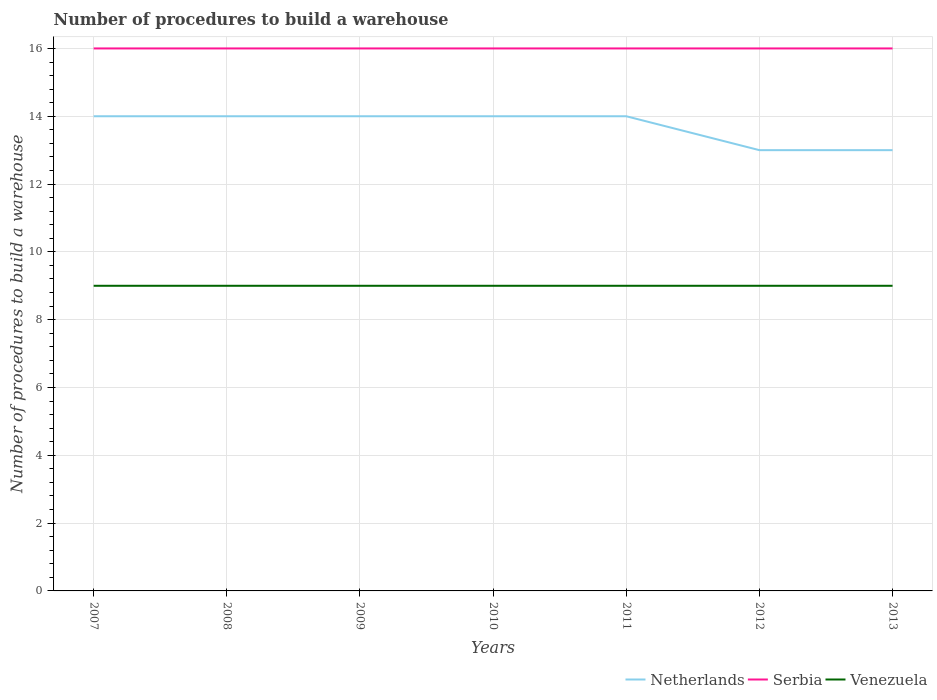
| Years | Netherlands | Serbia | Venezuela |
 | --- | --- | --- | --- |
 | 2007 | 14 | 16 | 9 |
 | 2008 | 14 | 16 | 9 |
 | 2009 | 14 | 16 | 9 |
 | 2010 | 14 | 16 | 9 |
 | 2011 | 14 | 16 | 9 |
 | 2012 | 13 | 16 | 9 |
 | 2013 | 13 | 16 | 9 |